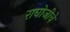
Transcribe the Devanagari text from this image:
राघोजीचे